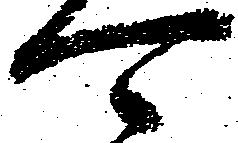
可